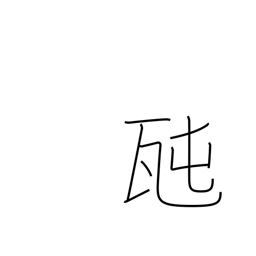
Meaning: tonne